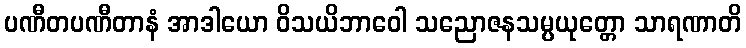
ပဏီတပဏီတာနံ အာဒါယော ဝိသယိဘာဝေါ သညောဇနသမ္ပယုတ္တော သာရဏာတိ